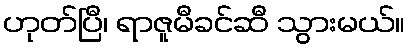
ဟုတ်ပြီ၊ ရာဇူမီခင်ဆီ သွားမယ်။